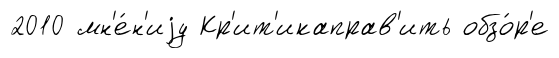
2010 мн'е́н'иjу Кр'ит'икаправ'ить обзо́р'е